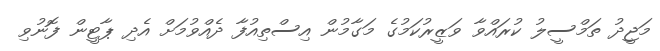
މަޖީދު ތަމްސީލު ކުރައްވާ ވަޒީރުކަމުގެ މަގާމުން އިސްތިއުފާ ދެއްވުމަށް އެދި ޕާޓީން ފޮނުވި